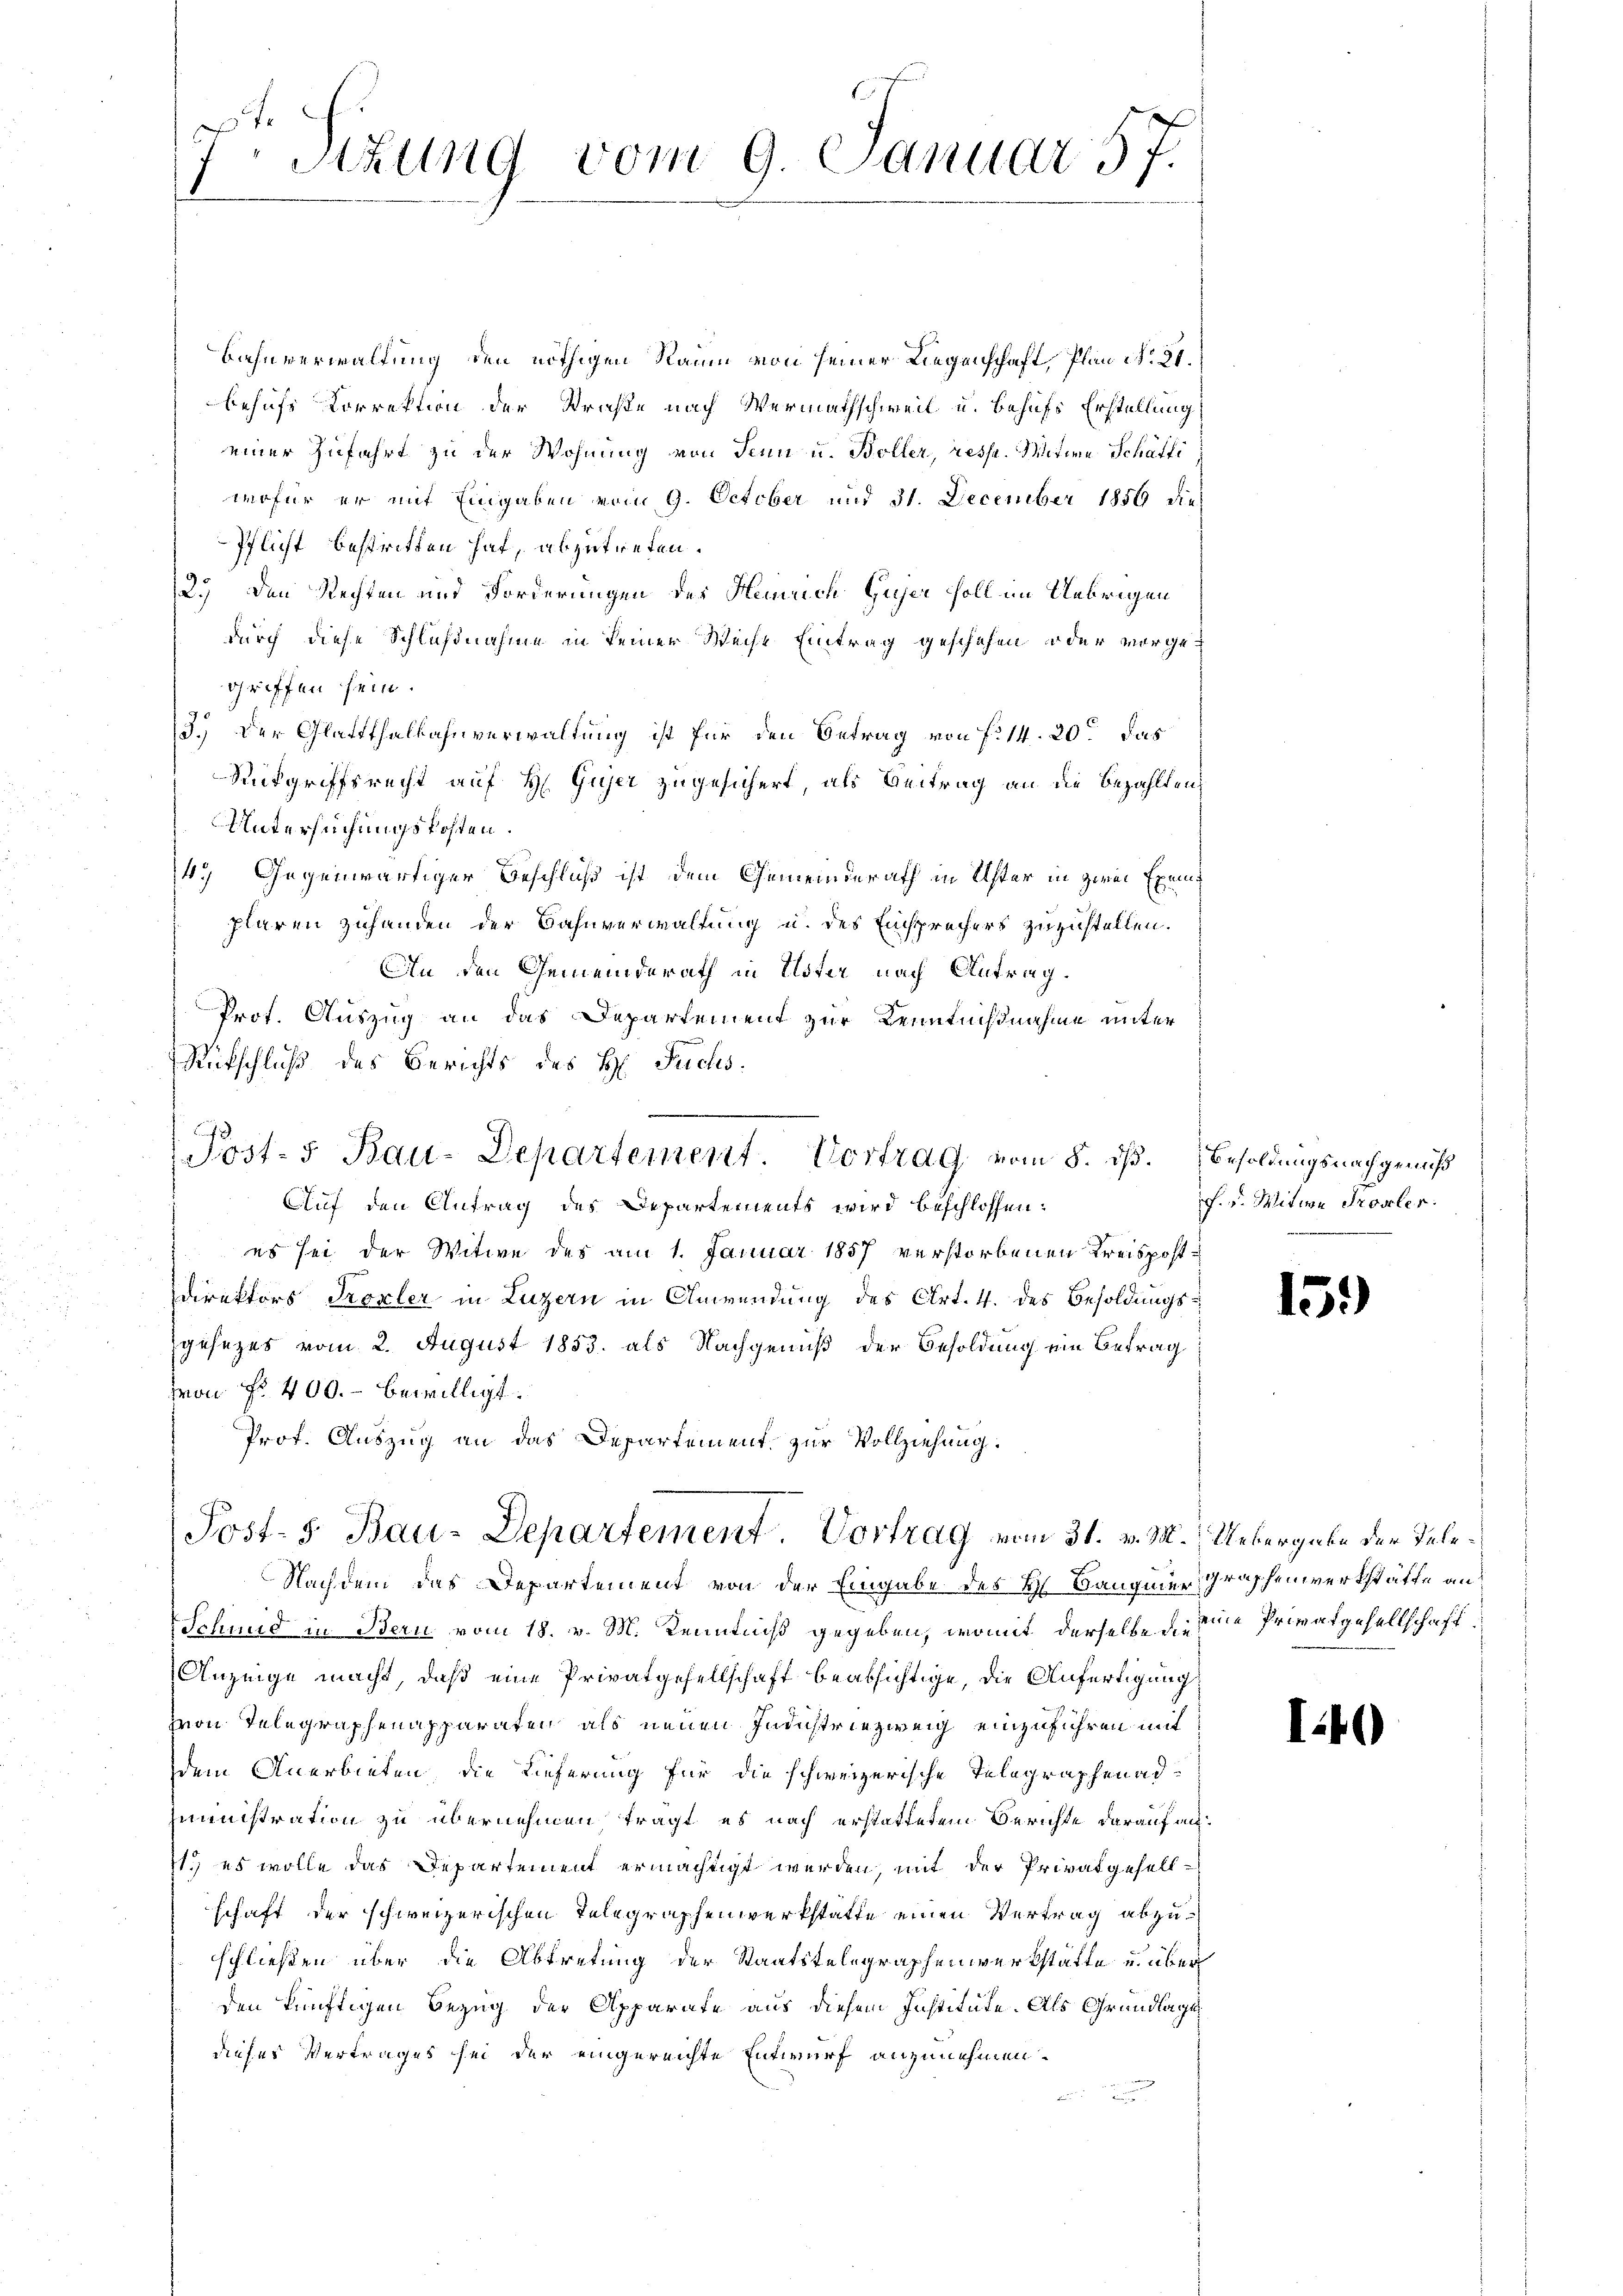
7Stzung vom 9. Januar 57.

Bahnverwaltung den nöthigen Raum von seiner Liegenschaft Plan No 21.
behufs Korrektion der Straße nach Wermathschweil u. behufs Erstellung
einer Zufahrt zu der Wohnung von Senn u. Boller, resse. Mitina Schäfti
wofür er mit Eingaben vom 9. October und 31. December 1856 dies
Pflicht bestritten hat, abzutreten.
2.) Den Rechten und Forderungen des Heinrich Gujer soll im Uebrigen
durch diese Schlußnahme in seiner Weise Eintrag geschehen oder vorgegriffen sein.
3.) Der Glattthalbahnverwaltung ist für den Betrag von f. 14. 20 das
Rükgriffsrecht auf H. Gujer zugesichert, als Beitrag an die Bezahlten
Untersuchungskosten.
14. Gegenwärtiger Beschluß ist dem Gemeinderath in Uster in zwei Exemplaren zuhanden der Bahnverwaltung u. des Einsprechers zuzustellen.
An den Gemeinderath in Uster nach Antrag.
Prot. Auszug an das Departement zur Kenntnißnahme unter
Rückschluß des Berichts des H. Fuchs
Auf den Antrag des Departements wird beschlossen:
es sei der Witwe des am 1. Januar 1857 verstorbenen Kreispost¬
Direktors Troxler in Luzern in Anwendung des Art. 4. des Besoldungsgesezes vom 2. August 1853. als Nachgenuß der Besoldung ein Betrag
von No 400.- bewilligt.
Prof. Auszug an das Departement zur Vollziehung:
Post- 5. Bau-Departement. Vortrag vom 31. v. M. Uebergabe der Tele¬
Nachdem das Departement von der Eingabe des H. Baugmer Graschenwerkstätte an
Schmid in Bern vom 18. v. M. Kenntniß gegeben, womit derselbe die eine Privatgesellschaft
Anzeige macht, daß eine Privatgesellschaft beabsichtige, die Anfertigung
Hon Telegraphenapparaten, als neuen Industriezweig einzuführen mit
dem Anerbieten, die Lieferung für die schweizerische Telegraphenadministration zu übernehmen tragt, es nach erstattetem Berichte darauf an¬
11. es wolle das Departement ermächtigt werden, mit der Privatgesell-
schaft der schweizerischen Telegraphenwerkstatte einen Vertrag abzuschließen über die Abtretung der Staatstelegraphenwerkstätte u. über
den künftigen Bezug der Apparate aus diesem Institute. Als Grundlage
dieses Vertrages sei der eingereichte Entwurf anzunehmen.
2

7

Jost-5 Bau-Departement. Vortrag vom 8. ds. Besoldungsnachgenuß

F. v. Mitwe Proseler.

15.)

I.40)